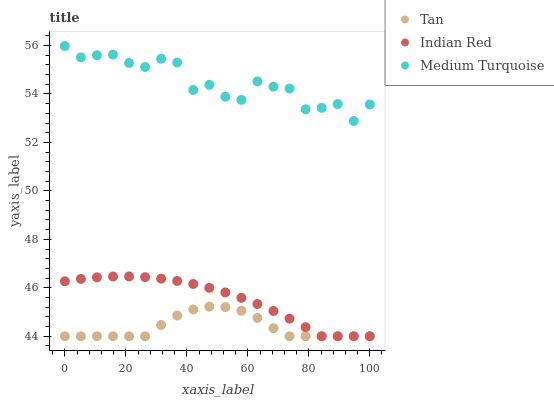
| xaxis_label | Tan | Indian Red | Medium Turquoise |
 | --- | --- | --- | --- |
 | 0 | 44 | 46.3 | 56 |
 | 5.26 | 44 | 46.4 | 55.5 |
 | 10.5 | 44 | 46.4 | 55.6 |
 | 15.8 | 44 | 46.5 | 55.6 |
 | 21.1 | 44 | 46.5 | 55.3 |
 | 26.3 | 44 | 46.4 | 55.1 |
 | 31.6 | 44.5 | 46.4 | 55.5 |
 | 36.8 | 44.9 | 46.3 | 55.3 |
 | 42.1 | 45.1 | 46.2 | 54.2 |
 | 47.4 | 45.2 | 46 | 54.4 |
 | 52.6 | 45.2 | 45.8 | 53.9 |
 | 57.9 | 45 | 45.6 | 53.8 |
 | 63.2 | 44.8 | 45.3 | 54.5 |
 | 68.4 | 44.3 | 45 | 54.3 |
 | 73.7 | 44 | 44.7 | 54.2 |
 | 78.9 | 44 | 44.4 | 53.4 |
 | 84.2 | 44 | 44 | 53.4 |
 | 89.5 | 44 | 44 | 53.6 |
 | 94.7 | 44 | 44 | 52.9 |
 | 100 | 44 | 44 | 53.6 |